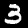
Digit: 3